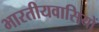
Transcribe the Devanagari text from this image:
भारतीयवासियों